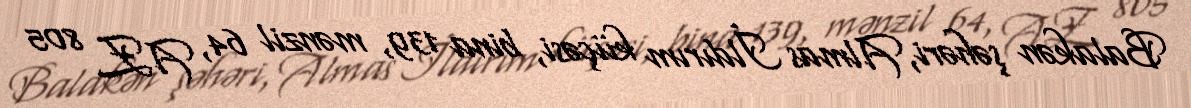
Balakən şəhəri, Almas İldırım küçəsi, bina 139, mənzil 64, AZ 805